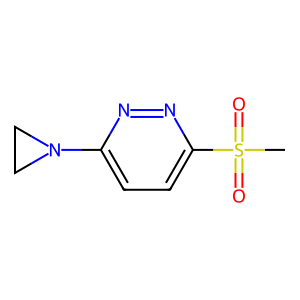
SMILES: CS(=O)(=O)c1ccc(N2CC2)nn1
Inhibits HIV replication: No